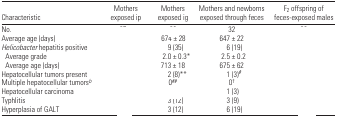
<table><thead><tr><td><b>Characteristic</b></td><td><b>Mothers exposed ip</b></td><td><b>Mothers exposed ig</b></td><td><b>Mothers and newborns exposed through feces</b></td><td><b>F<sub>2</sub> offspring of feces-exposed males</b></td></tr></thead><tbody><tr><td>No.</td><td>[EMPTY_CELL]</td><td>[EMPTY_CELL]</td><td>32</td><td>[EMPTY_CELL]</td></tr><tr><td>Average age (days)</td><td>[EMPTY_CELL]</td><td>674 ± 28</td><td>647 ± 22</td><td>[EMPTY_CELL]</td></tr><tr><td><i>Helicobacter</i> hepatitis positive</td><td>[EMPTY_CELL]</td><td>9 (35)</td><td>6 (19)</td><td>[EMPTY_CELL]</td></tr><tr><td> Average grade</td><td>[EMPTY_CELL]</td><td>2.0 ± 0.3*</td><td>2.5 ± 0.2</td><td>[EMPTY_CELL]</td></tr><tr><td> Average age (days)</td><td>[EMPTY_CELL]</td><td>713 ± 18</td><td>675 ± 62</td><td>[EMPTY_CELL]</td></tr><tr><td>Hepatocellular tumors present</td><td>[EMPTY_CELL]</td><td>2 (8)**</td><td>1 (3)#</td><td>[EMPTY_CELL]</td></tr><tr><td>Multiple hepatocellular tumorsb</td><td>[EMPTY_CELL]</td><td>0##</td><td>0†</td><td>[EMPTY_CELL]</td></tr><tr><td>Hepatocellular carcinoma</td><td>[EMPTY_CELL]</td><td>[EMPTY_CELL]</td><td>1 (3)</td><td>[EMPTY_CELL]</td></tr><tr><td>Typhlitis</td><td>[EMPTY_CELL]</td><td>3 (12)</td><td>3 (9)</td><td>[EMPTY_CELL]</td></tr><tr><td>Hyperplasia of GALT</td><td>[EMPTY_CELL]</td><td>3 (12)</td><td>6 (19)</td><td>[EMPTY_CELL]</td></tr></tbody></table>